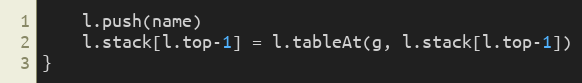
Language: Go
	l.push(name)
	l.stack[l.top-1] = l.tableAt(g, l.stack[l.top-1])
}